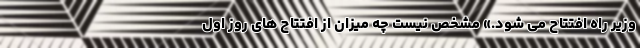
وزیر راه افتتاح می شود.» مشخص نیست چه میزان از افتتاح های روز اول